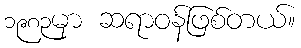
၁၉၈၃မှာ ဆရာဝန်ဖြစ်တယ်။